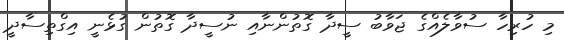
މި ހުރިހާ ސުވާލެއްގެ ޖަވާބު ސީދާ ގޮތުންނާއި ނުސީދާ ގޮތުން ގުޅެނީ އިގްތިސާދީ